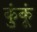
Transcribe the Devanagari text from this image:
कुंकूं